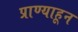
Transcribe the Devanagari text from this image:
प्राण्याहून